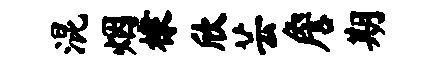
混烟棣欣芸詹期